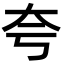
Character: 夸